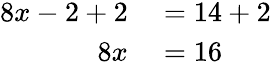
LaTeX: \begin{array}{rl}{8x-2+2}&{{}=14+2}\\ {8x}&{{}=16}\end{array}